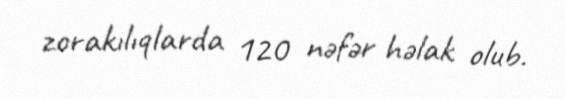
zorakılıqlarda 120 nəfər həlak olub.